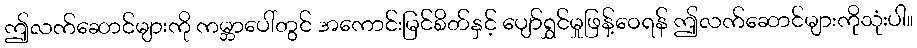
ဤလက်ဆောင်များကို ကမ္ဘာပေါ်တွင် အကောင်းမြင်စိတ်နှင့် ပျော်ရွှင်မှုဖြန့်ဝေရန် ဤလက်ဆောင်များကိုသုံးပါ။